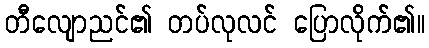
တီလျောညင်၏ တပ်လုလင် ပြောလိုက်၏။